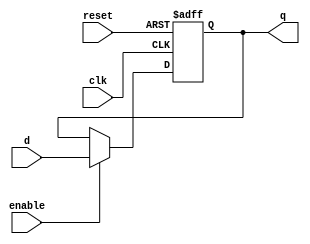
module Register
#(
	parameter DATA_WIDTH = 32,
	parameter RESET_VALUE = 0
)
(
	input 								clk,
	input 								reset,
	input									enable,
	input			[DATA_WIDTH-1:0]	d,
	
	output reg	[DATA_WIDTH-1:0]	q	
);

	always@(posedge clk, negedge reset) begin
		if (!reset)
			q <= RESET_VALUE;
		else if (enable)
			q <= d;
	end
endmodule